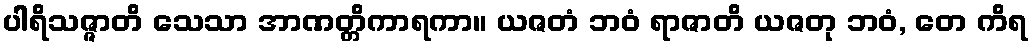
ပါရိသဇ္ဇာတိ သေသာ အာဏတ္တိကာရကာ။ ယဇတံ ဘဝံ ရာဇာတိ ယဇတု ဘဝံ, တေ ကိရ